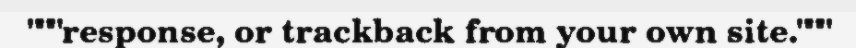
"""response, or trackback from your own site."""